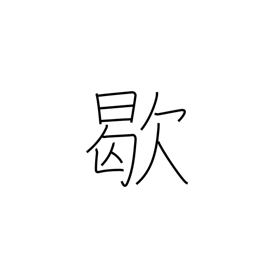
Meaning: out of